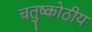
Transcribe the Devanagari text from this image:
चतुष्कोठीय